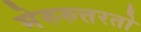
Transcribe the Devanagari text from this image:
मेरुरुत्तरतो